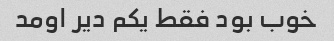
خوب بود فقط یکم دیر اومد